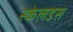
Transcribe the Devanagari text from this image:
स्केलडस